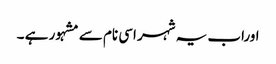
اوراب یہ شہر اسی نام سے مشہور ہے ۔